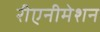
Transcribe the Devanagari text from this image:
रीएनीमेशन